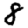
Digit: 8